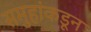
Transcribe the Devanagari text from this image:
समुहांकडून